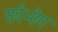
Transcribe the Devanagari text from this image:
सर्वभोग